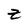
Character: z